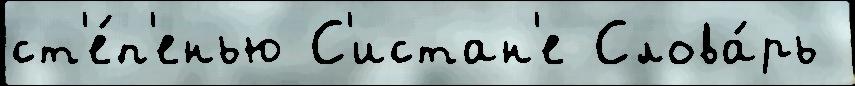
ст'е́п'енью С'истан'е Слова́рь